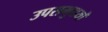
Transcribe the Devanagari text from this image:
उपसमुच्चर्यों